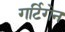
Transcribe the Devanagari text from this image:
गर्टिगेन